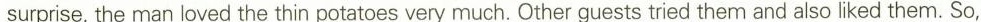
surprise,the man loved the thin potatoes very much. Other guests tried them and also liked them. So,